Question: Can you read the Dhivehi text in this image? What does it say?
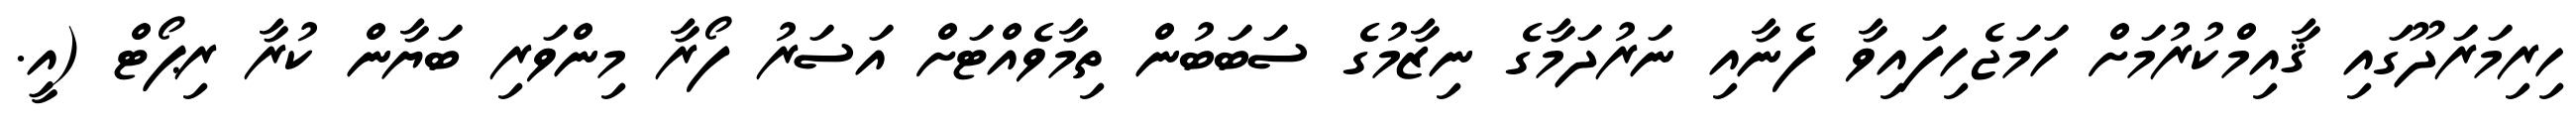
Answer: ހިރިމަރަދޫގައި ޤާއިމްކުރުމަށް ހަމަޖެހިފައިވާ ފެނާއި ނަރުދަމާގެ ނިޒާމުގެ ސަބަބުން ތިމާވެއްޓަށް އަސަރު ފޯރާ މިންވަރި ބަޔާން ކުރާ ރިޕޯޓް (އީ.